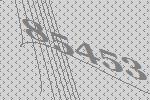
85453